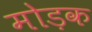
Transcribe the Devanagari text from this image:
मोड़क